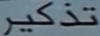
تذكر